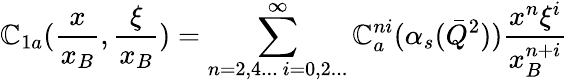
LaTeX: \mathbb{C}_{1a}({\frac{{x}}{{x_{B}}}},{\frac{{\xi}}{{x_{B}}}})=\sum_{n=2,4...~i=0,2...}^{\infty}\mathbb{C}_{a}^{ni}(\alpha_{s}(\bar{{Q}}^{2})){\frac{{x^{n}\xi^{i}}}{{x_{B}^{n+i}}}}